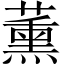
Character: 薰